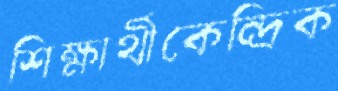
শিক্ষার্থীকেন্দ্রিক